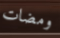
ومضات